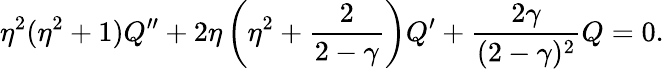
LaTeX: \eta^{2}(\eta^{2}+1)Q^{\prime\prime}+2\eta\left(\eta^{2}+{\frac{2}{2-\gamma}}\right)Q^{\prime}+{\frac{2\gamma}{(2-\gamma)^{2}}}Q=0.